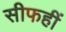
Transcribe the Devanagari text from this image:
सीफहीं